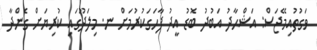
ވަގުތުއިމޭޖަސް: އަޝްޙާދު އަބުދު ބޮޑު އީދު ފާހަގަކުރުމަށް ނ. މިލަދޫގައި ކުރިޔަށް ގެންދާ